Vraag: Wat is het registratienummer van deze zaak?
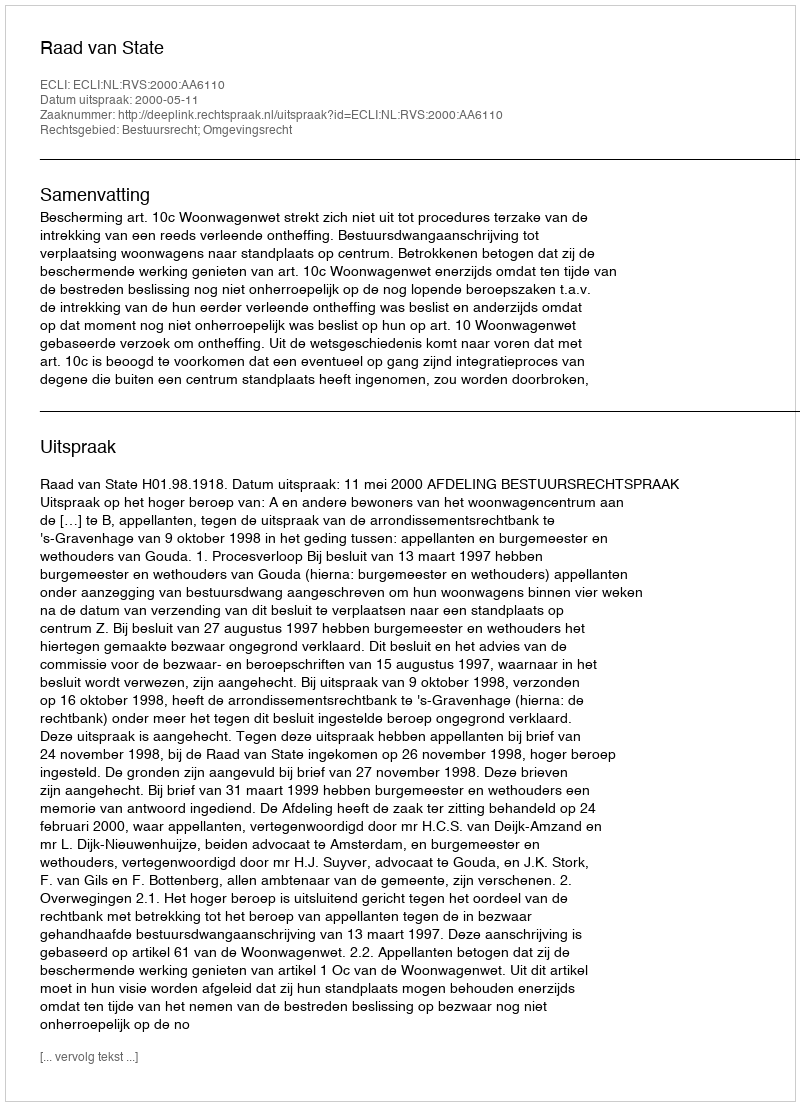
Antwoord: http://deeplink.rechtspraak.nl/uitspraak?id=ECLI:NL:RVS:2000:AA6110